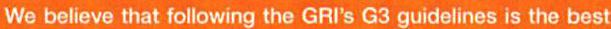
We believe that following the GRI's G3 guidelines is the best